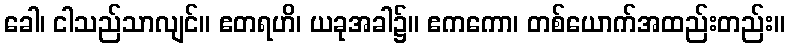
ခေါ၊ ငါသည်သာလျင်။ ဧတရဟိ၊ ယခုအခါ၌။ ဧကကော၊ တစ်ယောက်အထည်းတည်း။